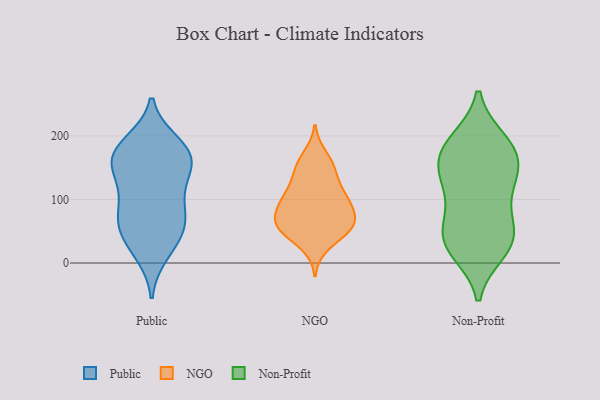
{"axis": {"x": "Population (Million)", "y": "Value"}, "legend": ["NGO", "Non-Profit", "Public"], "data": [{"x": "", "y": 56, "type": "Public"}, {"x": "", "y": 68, "type": "Public"}, {"x": "", "y": 159, "type": "Public"}, {"x": "", "y": 135, "type": "Public"}, {"x": "", "y": 90, "type": "Public"}, {"x": "", "y": 164, "type": "Public"}, {"x": "", "y": 122, "type": "Public"}, {"x": "", "y": 27, "type": "Public"}, {"x": "", "y": 95, "type": "Public"}, {"x": "", "y": 15, "type": "Public"}, {"x": "", "y": 165, "type": "Public"}, {"x": "", "y": 174, "type": "Public"}, {"x": "", "y": 62, "type": "Public"}, {"x": "", "y": 189, "type": "Public"}, {"x": "", "y": 51, "type": "Public"}, {"x": "", "y": 186, "type": "Public"}, {"x": "", "y": 158, "type": "Public"}, {"x": "", "y": 54, "type": "NGO"}, {"x": "", "y": 169, "type": "NGO"}, {"x": "", "y": 49, "type": "NGO"}, {"x": "", "y": 52, "type": "NGO"}, {"x": "", "y": 27, "type": "NGO"}, {"x": "", "y": 66, "type": "NGO"}, {"x": "", "y": 58, "type": "NGO"}, {"x": "", "y": 152, "type": "NGO"}, {"x": "", "y": 57, "type": "NGO"}, {"x": "", "y": 78, "type": "NGO"}, {"x": "", "y": 104, "type": "NGO"}, {"x": "", "y": 143, "type": "NGO"}, {"x": "", "y": 91, "type": "NGO"}, {"x": "", "y": 120, "type": "NGO"}, {"x": "", "y": 152, "type": "NGO"}, {"x": "", "y": 109, "type": "NGO"}, {"x": "", "y": 90, "type": "NGO"}, {"x": "", "y": 101, "type": "NGO"}, {"x": "", "y": 69, "type": "NGO"}, {"x": "", "y": 33, "type": "Non-Profit"}, {"x": "", "y": 19, "type": "Non-Profit"}, {"x": "", "y": 150, "type": "Non-Profit"}, {"x": "", "y": 184, "type": "Non-Profit"}, {"x": "", "y": 30, "type": "Non-Profit"}, {"x": "", "y": 163, "type": "Non-Profit"}, {"x": "", "y": 69, "type": "Non-Profit"}, {"x": "", "y": 71, "type": "Non-Profit"}, {"x": "", "y": 125, "type": "Non-Profit"}, {"x": "", "y": 46, "type": "Non-Profit"}, {"x": "", "y": 168, "type": "Non-Profit"}, {"x": "", "y": 189, "type": "Non-Profit"}, {"x": "", "y": 124, "type": "Non-Profit"}, {"x": "", "y": 28, "type": "Non-Profit"}, {"x": "", "y": 126, "type": "Non-Profit"}, {"x": "", "y": 192, "type": "Non-Profit"}]}